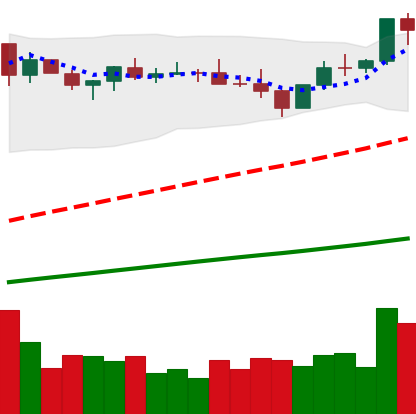
Ticker: BNB-USD
Chart end date: 2021-03-31
Forward return: 21.753%
Label: up_7plus